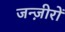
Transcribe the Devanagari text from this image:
जन्ज़ीरों